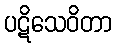
ပဋိသေဝိတာ